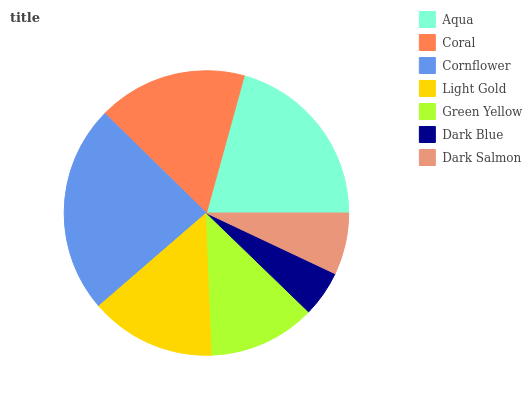
| Aqua | Coral | Cornflower | Light Gold | Green Yellow | Dark Blue | Dark Salmon |
 | --- | --- | --- | --- | --- | --- | --- |
 | 20.7% | 17% | 23.7% | 14.3% | 12.1% | 5.23% | 7% |